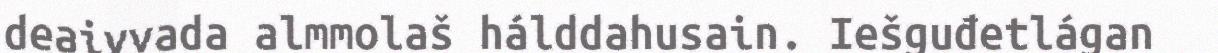
deaivvada almmolaš hálddahusain. Iešguđetlágan